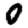
Digit: 0